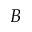
B